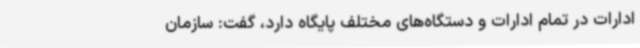
ادارات در تمام ادارات و دستگاه‌های مختلف پایگاه دارد، گفت: سازمان